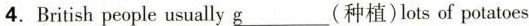
4.British people usually\underline{g}(种植)lots of potatoes